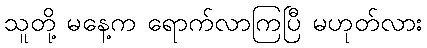
သူတို့ မနေ့က ရောက်လာကြပြီ မဟုတ်လား